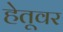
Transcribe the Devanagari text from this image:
हेतूवर